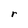
Character: r